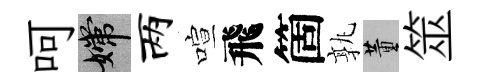
呵嫦两喧飛箇孰董筮